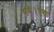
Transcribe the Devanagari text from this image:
गये।ऐसा